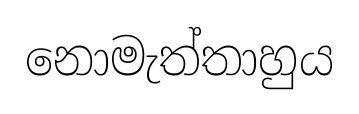
නොමැත්තාහුය